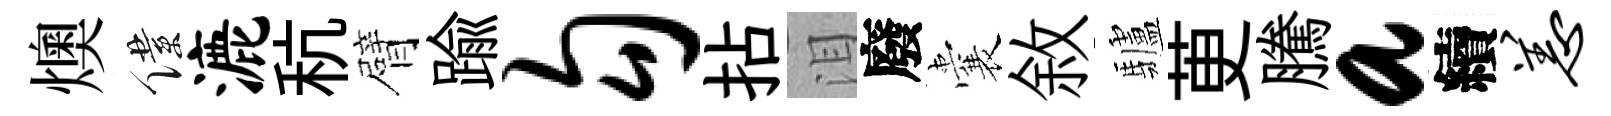
燠僕漉秔臂踰勾拈泪廢囊敘驢茰騰a續恙